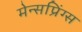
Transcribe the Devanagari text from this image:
मेन्सप्रिंग्स